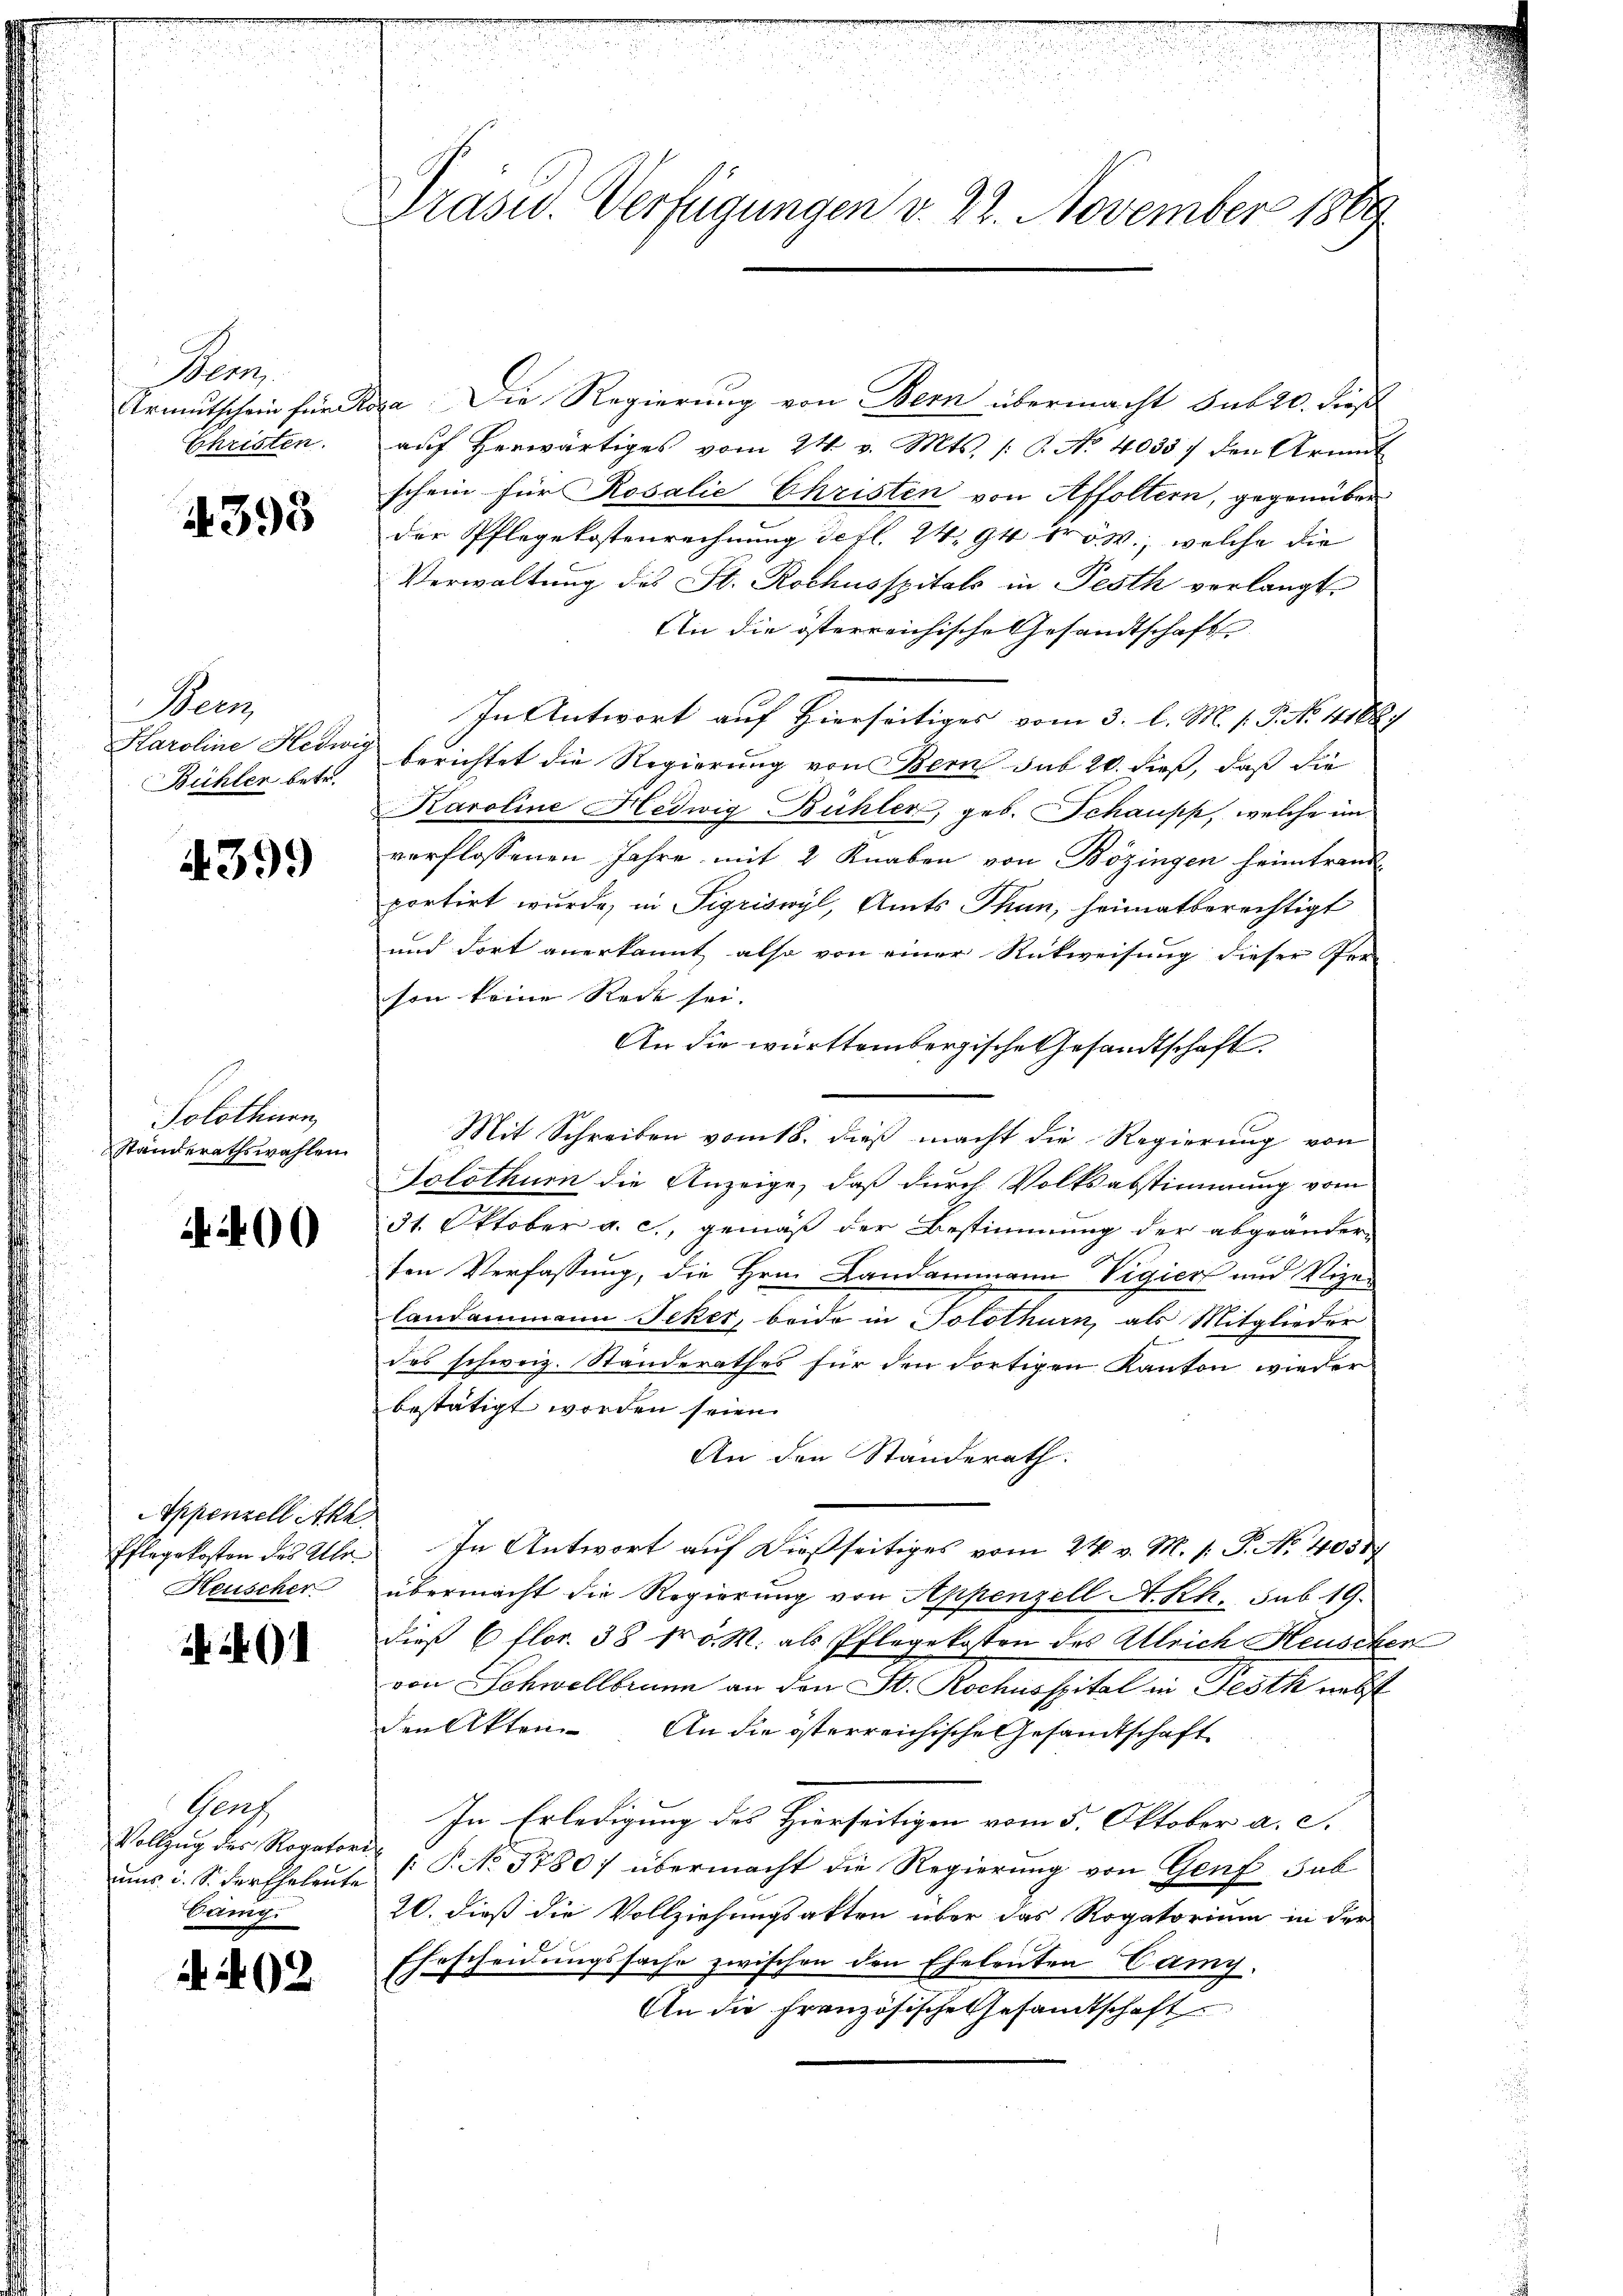
Bern.
Christen.

4395

Bern,
Behler betr.

4399

Solothurn
Ständerathswahlen.

4400

Appenzell Akh.
Heuscher

401

Genz
Vollzug des Rogatore
ums u. S. der Eheleute
Cangi

A 202

Präsid.. Verfügungen v. 22. November 1869

Armutschein für Roza Die Regierung von Bern übermacht sub 20. dieß
auf herwärtiges vom 24. v. Mts. /: B. No 40337 den Armut
schein für Rosalie Christen von Affoltern, gegenüber
der Pflegekostenrechnung defl. 24, 94 f. w., welche die
Verwaltung des St. Rochusspitals in Pesth verlangt
An die österreichische Gesandtschaft
In Antwort auf Hierseitiges vom 3. l. M. s. P. No 14188/
Haroline Hedwig berichtet die Regierung von Bern sub 20. dieß, daß die
Karoline Hedwig Bühler, geb. Schaupp, welche im
verflossenen Jahre mit 2 Knaben von Bözingen heimtrand-
portirt wurde, in Sigriswyl, Amts Thun, heimatberechtigt
und dort anerkannt, also von einer Rückweisung dieser Per-
son keine Rede sei.
An die württembergische Gesandtschaft
Mit Schreiben vom 18. dieß macht die Regierung von
Solothum die Anzeige, daß durch Volksabstimmung vom
31. Oktober a. c., gemäß der Bestimmung der abgeänder-
sen Verfassung, die Hrn. Landammann Vigier und Vize-
landammann Fcker, beide in Solothurn, als Mitglieder
des schweiz. Standerathes für den dortigen Kanton wieder
bestätigt worden seien.
An den Standerath.
Pflegekosten des Ulr. In Antwort auf dießseitiges vom 24. v. M. h. T. N. 40587
übermacht die Regierung von Appenzell A.Rh. sub 19.
dieß 6 flor. 38 fr 5. M. als Pflegekosten des Ulrich Heuscher
von Schwellbrunn an den St. Rochnospital in Pesth nebst
den Akten. An die österreichische Gesandtschaft
In Erledigung des Hierseitigen vom 5. Oktober a. c.
e
[P. No. 5780) übermacht die Regierung von Genf, Sab
20. dieß die Vollziehungsakten über das Rogatorium in der
Ehescheidungssache zwischen den Eheleuten Camy.
An die Französische Gesandtschaft

de
d
.
.